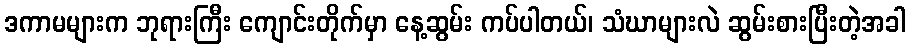
ဒကာမများက ဘုရားကြီး ကျောင်းတိုက်မှာ နေ့ဆွမ်း ကပ်ပါတယ်၊ သံဃာများလဲ ဆွမ်းစားပြီးတဲ့အခါ